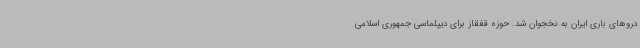
دروهای باری ایران به نخجوان شد. حوزه قفقاز برای دیپلماسی جمهوری اسلامی